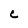
Character: c